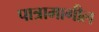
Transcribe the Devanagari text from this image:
पात्रामागील